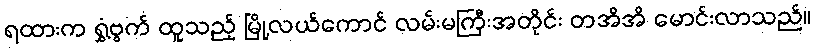
ရထားက ရွှံ့ဗွက် ထူသည့် မြို့လယ်ကောင် လမ်းမကြီးအတိုင်း တအိအိ မောင်းလာသည်။